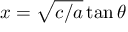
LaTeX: x = { \sqrt { c / a } } \tan \theta